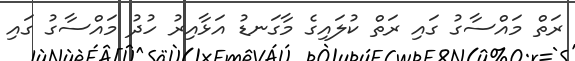
ރަތް މައްސާގު ގައި ރަތް ކުލައިގެ މާގަނޑު އަޅާއިރު ހުދު މައްސާގު ގައި